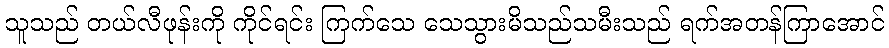
သူသည် တယ်လီဖုန်းကို ကိုင်ရင်း ကြက်သေ သေသွားမိသည်သမီးသည် ရက်အတန်ကြာအောင်